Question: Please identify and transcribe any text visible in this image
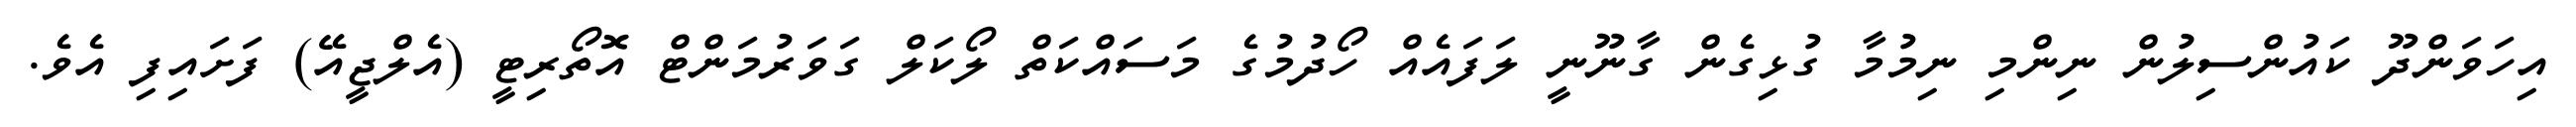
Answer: އިހަވަންދޫ ކައުންސިލުން ނިންމި ނިމުމާ ގުޅިގެން ގާނޫނީ ލަފައެއް ހޯދުމުގެ މަސައްކަތް ލޯކަލް ގަވަރުމަންޓް އޮތޯރިޓީ (އެލްޖީއޭ) ފަށައިފި އެވެ.